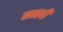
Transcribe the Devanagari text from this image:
मनाबी